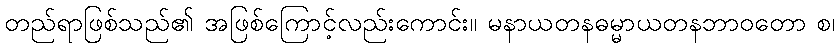
တည်ရာဖြစ်သည်၏ အဖြစ်ကြောင့်လည်းကောင်း။ မနာယတနဓမ္မာယတနဘာဝတော စ၊